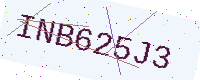
Text: INB625J3